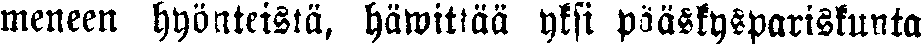
meneen hyönteisiä, häwittää yksi pääskyspariskunta